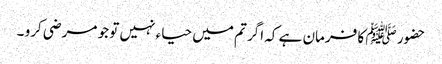
حضور ﷺ کا فرمان ہے کہ اگر تم میں حیاء نہیں تو جو مرضی کرو ۔